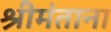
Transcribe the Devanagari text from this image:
श्रीमंताना